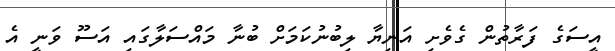
އީސަގެ ފަރާތުން ގެވެށި އަނިޔާ ލިބުނުކަމަށް ބުނާ މައްސަލާގައި އަސޫ ވަނީ އެ